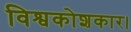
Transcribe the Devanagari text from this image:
विश्वकोशकार।